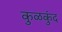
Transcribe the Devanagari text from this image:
कुळकुंद